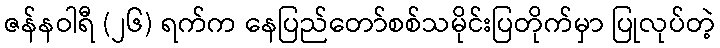
ဇန်နဝါရီ (၂၆) ရက်က နေပြည်တော်စစ်သမိုင်းပြတိုက်မှာ ပြုလုပ်တဲ့